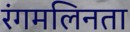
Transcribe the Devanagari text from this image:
रंगमलिनता